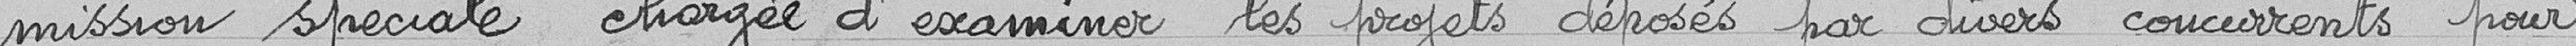
mission spéciale chargée d'examiner les projets déposés par divers concurrents pour